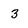
Character: 3